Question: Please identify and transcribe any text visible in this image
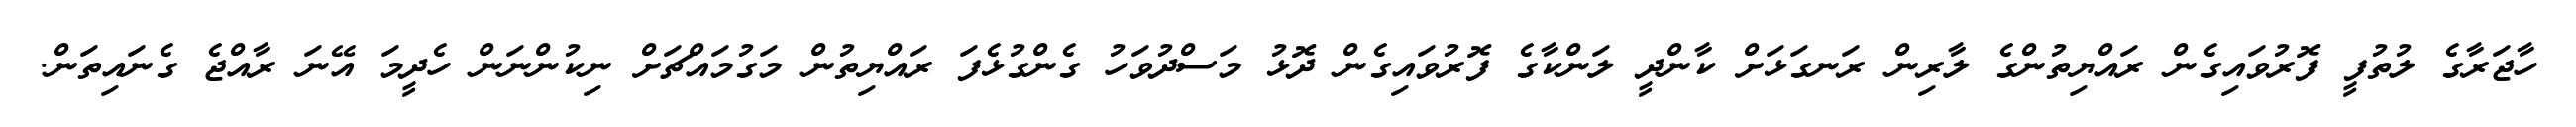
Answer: ހާޖަރާގެ ލުތުފީ ފޮރުވައިގެން ރައްޔިތުންގެ ލާރިން ރަނގަޅަށް ކާންދީ ލަންކާގެ ފޮރުވައިގެން ދޮޅު މަސްދުވަހު ގެންގުޅެފަ ރައްޔިތުން މަގުމައްޗަށް ނިކުންނަން ހެދީމަ އޭނަ ރާއްޖެ ގެނައިތަން.